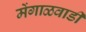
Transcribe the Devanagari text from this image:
मेंगाळवाडी